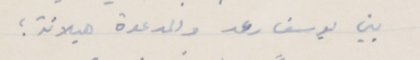
بين يو سف رعد والمدعوة هيلانة ؛